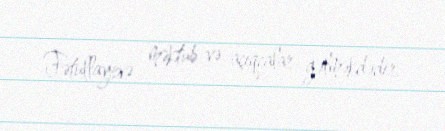
Fətullayevə məktub və açıqcalar gəlməkdədir.